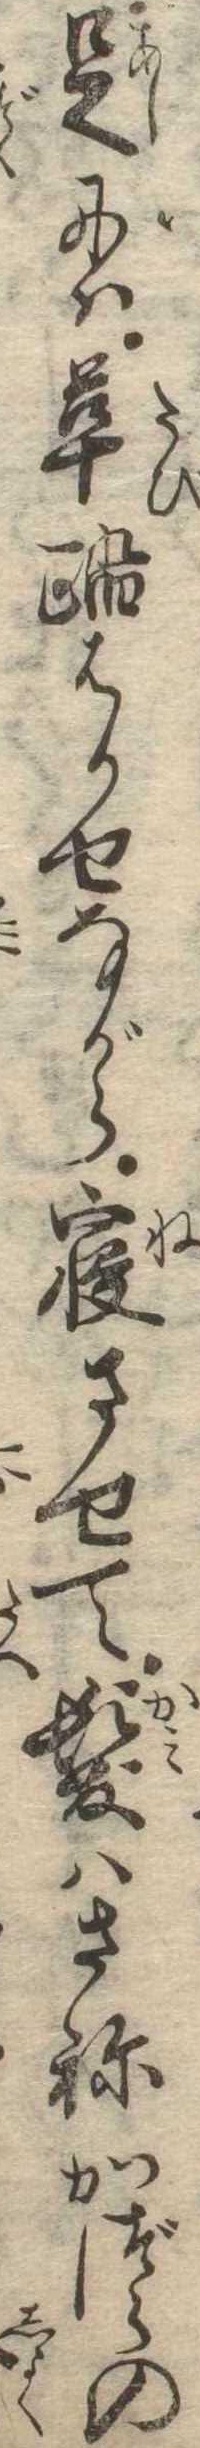
足には革踏はかせながら寝させて髪はさねかづらの